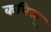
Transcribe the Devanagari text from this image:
कपिल्